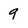
Character: 9